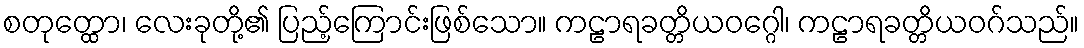
စတုတ္ထော၊ လေးခုတို့၏ ပြည့်ကြောင်းဖြစ်သော။ ကဠာရခတ္တိယဝဂ္ဂေါ၊ ကဠာရခတ္တိယဝဂ်သည်။